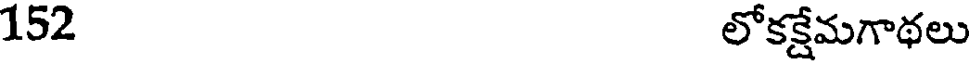
152 లోకక్షేమగాథలు